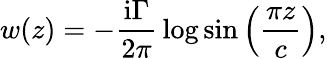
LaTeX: w(z)=-{\frac{\mathrm{i}\Gamma}{2\pi}}\log\sin\left({\frac{\pi z}{c}}\right),